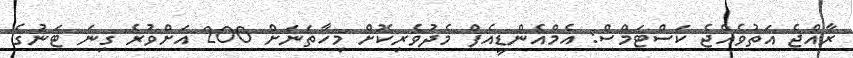
ރާއްޖެ އަތުވެއްޖެ ކަސްޓަމްސް: އެމްއެންޑީއެފް މެދުވެރިކޮށް މިހާތަނަށް 200 އަށްވުރެ ގިނަ ޓަނުގެ